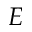
E